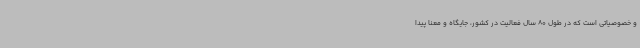
و خصوصیاتی است که در طول 80 سال فعالیت در کشور، جایگاه و معنا پیدا